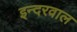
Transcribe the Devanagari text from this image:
इन्दरवाल